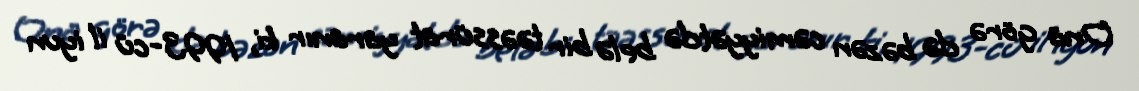
Ona görə də bəzən cəmiyyətdə belə bir təəssürat yaranır ki, 1993-cü il iyun